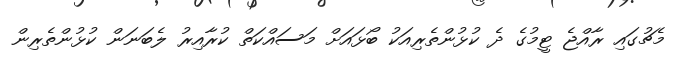
މެޗުގައި ރާއްޖެ ޓީމުގެ ދެ ކުޅުންތެރިއަކު ބޯޅައަށް މަސައްކަތް ކުރާއިރު ލެބަނަން ކުޅުންތެރިން